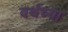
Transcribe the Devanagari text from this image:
वर्थच्या